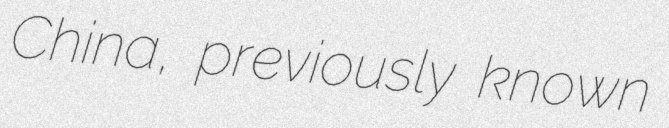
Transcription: China, previously known